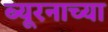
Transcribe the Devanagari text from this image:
ब्यूरनाच्या